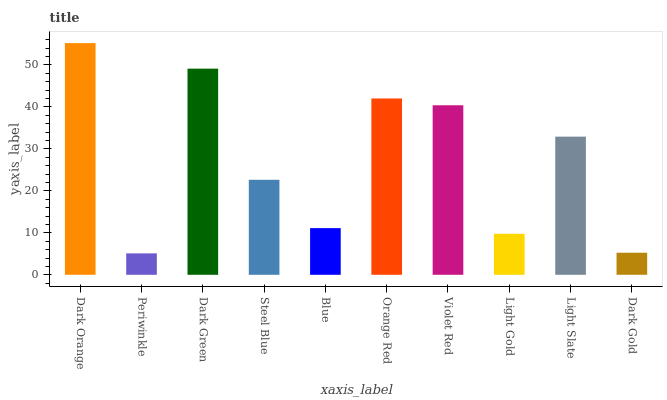
| xaxis_label | bars |
 | --- | --- |
 | Dark Orange | 55.2 |
 | Periwinkle | 5.11 |
 | Dark Green | 49.1 |
 | Steel Blue | 22.6 |
 | Blue | 11.1 |
 | Orange Red | 42 |
 | Violet Red | 40.4 |
 | Light Gold | 9.77 |
 | Light Slate | 32.9 |
 | Dark Gold | 5.26 |